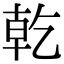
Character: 乾